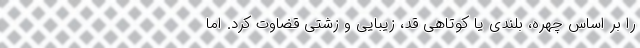
را بر اساس چهره، بلندی یا کوتاهی قد، زیبایی و زشتی قضاوت کرد. اما